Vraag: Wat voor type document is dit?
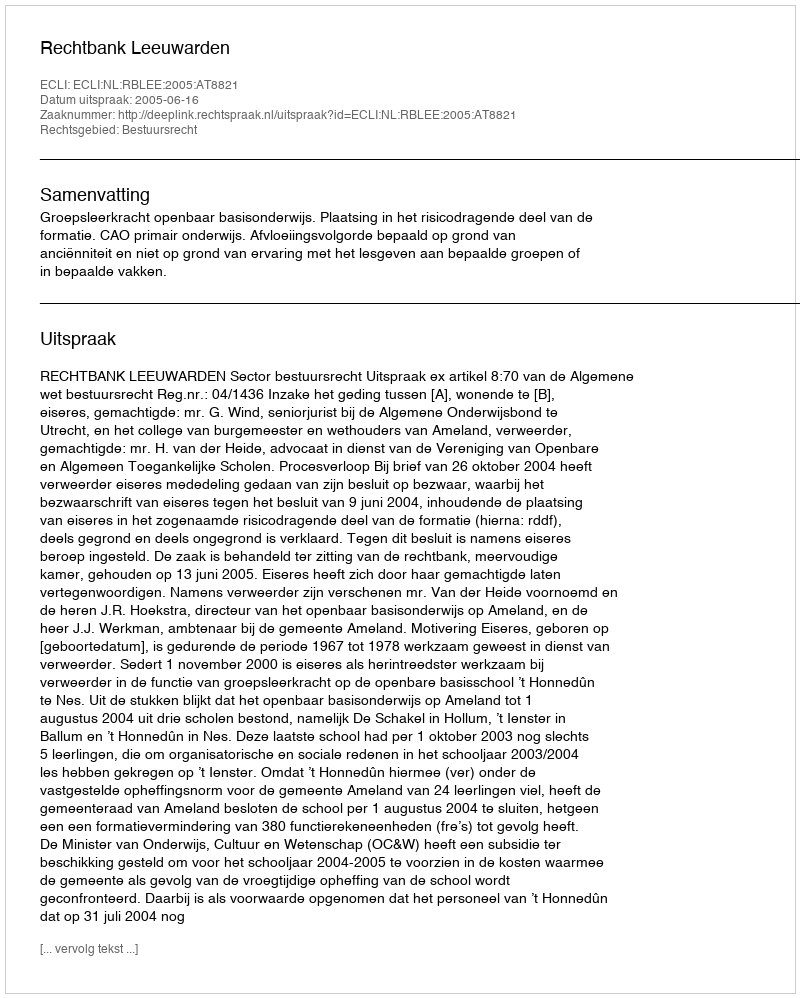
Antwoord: Uitspraak